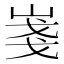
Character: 𡸚